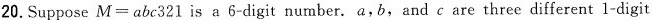
20.Suppose M=abc 321 is a 6-digit number.A,b,and care three different 1-digit